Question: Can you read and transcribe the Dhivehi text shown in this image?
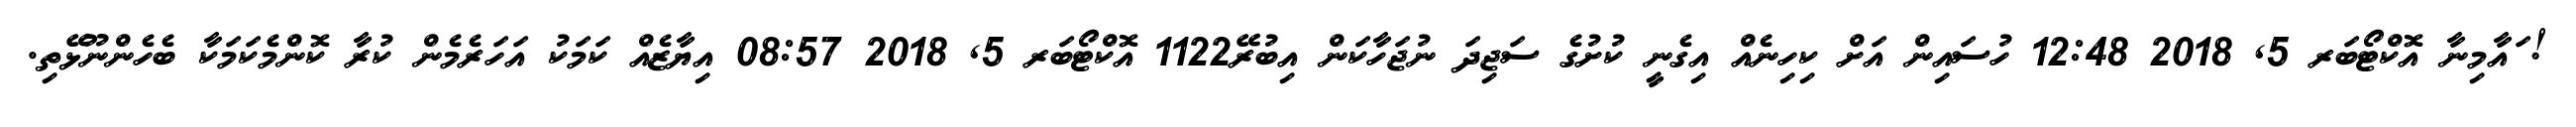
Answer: ! ައާމިނާ އޮކްޓޯބަރ 5, 2018 12:48 ހުސައިން އަށް ކިހިނެއް އިގެނީ ކުށުގެ ސަޖިދަ ނުޖަހާކަން އިބުރޭ1122 އޮކްޓޯބަރ 5, 2018 08:57 އިޔާޒެއް ކަމަކު އަހަރެމެން ކުރާ ކޮންމެކަމަކާ ބެހެންނޫޅޭތި.